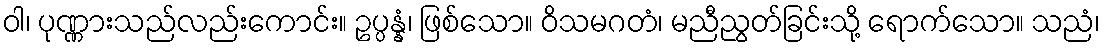
ဝါ၊ ပုဏ္ဏားသည်လည်းကောင်း။ ဥပ္ပန္နံ၊ ဖြစ်သော။ ဝိသမဂတံ၊ မညီညွတ်ခြင်းသို့ ရောက်သော။ သညံ၊